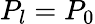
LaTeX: P_{l}=P_{0}